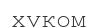
хуком